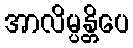
အာလိမ္ပန္တိပေ